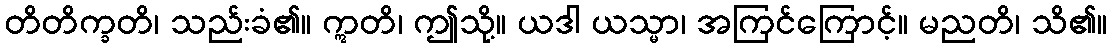
တိတိက္ခတိ၊ သည်းခံ၏။ ဣတိ၊ ဤသို့။ ယဒါ ယသ္မာ၊ အကြင်ကြောင့်။ မညတိ၊ သိ၏။